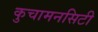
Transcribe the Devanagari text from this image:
कुचामनसिटी